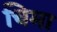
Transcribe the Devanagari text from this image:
चिमा